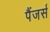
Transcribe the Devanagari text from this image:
पैंजर्स